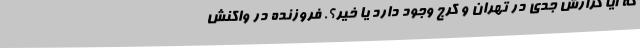
که آیا گزارش جدی در تهران و کرج وجود دارد یا خیر؟. فروزنده در واکنش